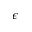
\epsilon